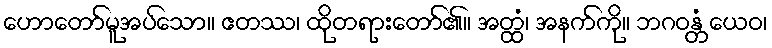
ဟောတော်မူအပ်သော။ ဧတဿ၊ ထိုတရားတော်၏။ အတ္ထံ၊ အနက်ကို။ ဘဂဝန္တံ ယေဝ၊